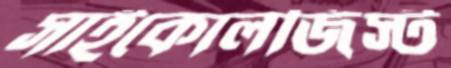
সাইকোলজিস্ট